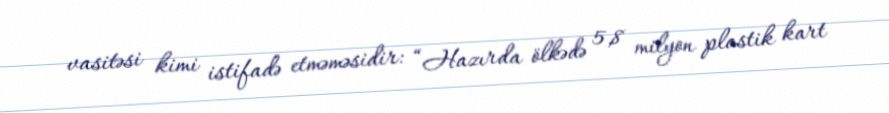
vasitəsi kimi istifadə etməməsidir: “Hazırda ölkədə 5,8 milyon plastik kart